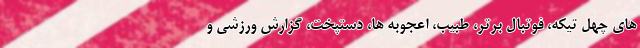
های چهل تیکه، فوتبال برتر، طبیب، اعجوبه ها، دستپخت، گزارش ورزشی و